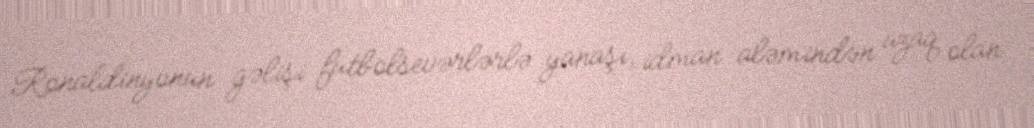
Ronaldinyonun gəlişi futbolsevərlərlə yanaşı, idman aləmindən uzaq olan